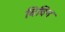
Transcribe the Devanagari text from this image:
विविन